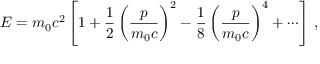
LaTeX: E = m _ { 0 } c ^ { 2 } \left[ 1 + { \frac { 1 } { 2 } } \left( { \frac { p } { m _ { 0 } c } } \right) ^ { 2 } - { \frac { 1 } { 8 } } \left( { \frac { p } { m _ { 0 } c } } \right) ^ { 4 } + \cdots \right] \, ,